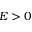
E > 0